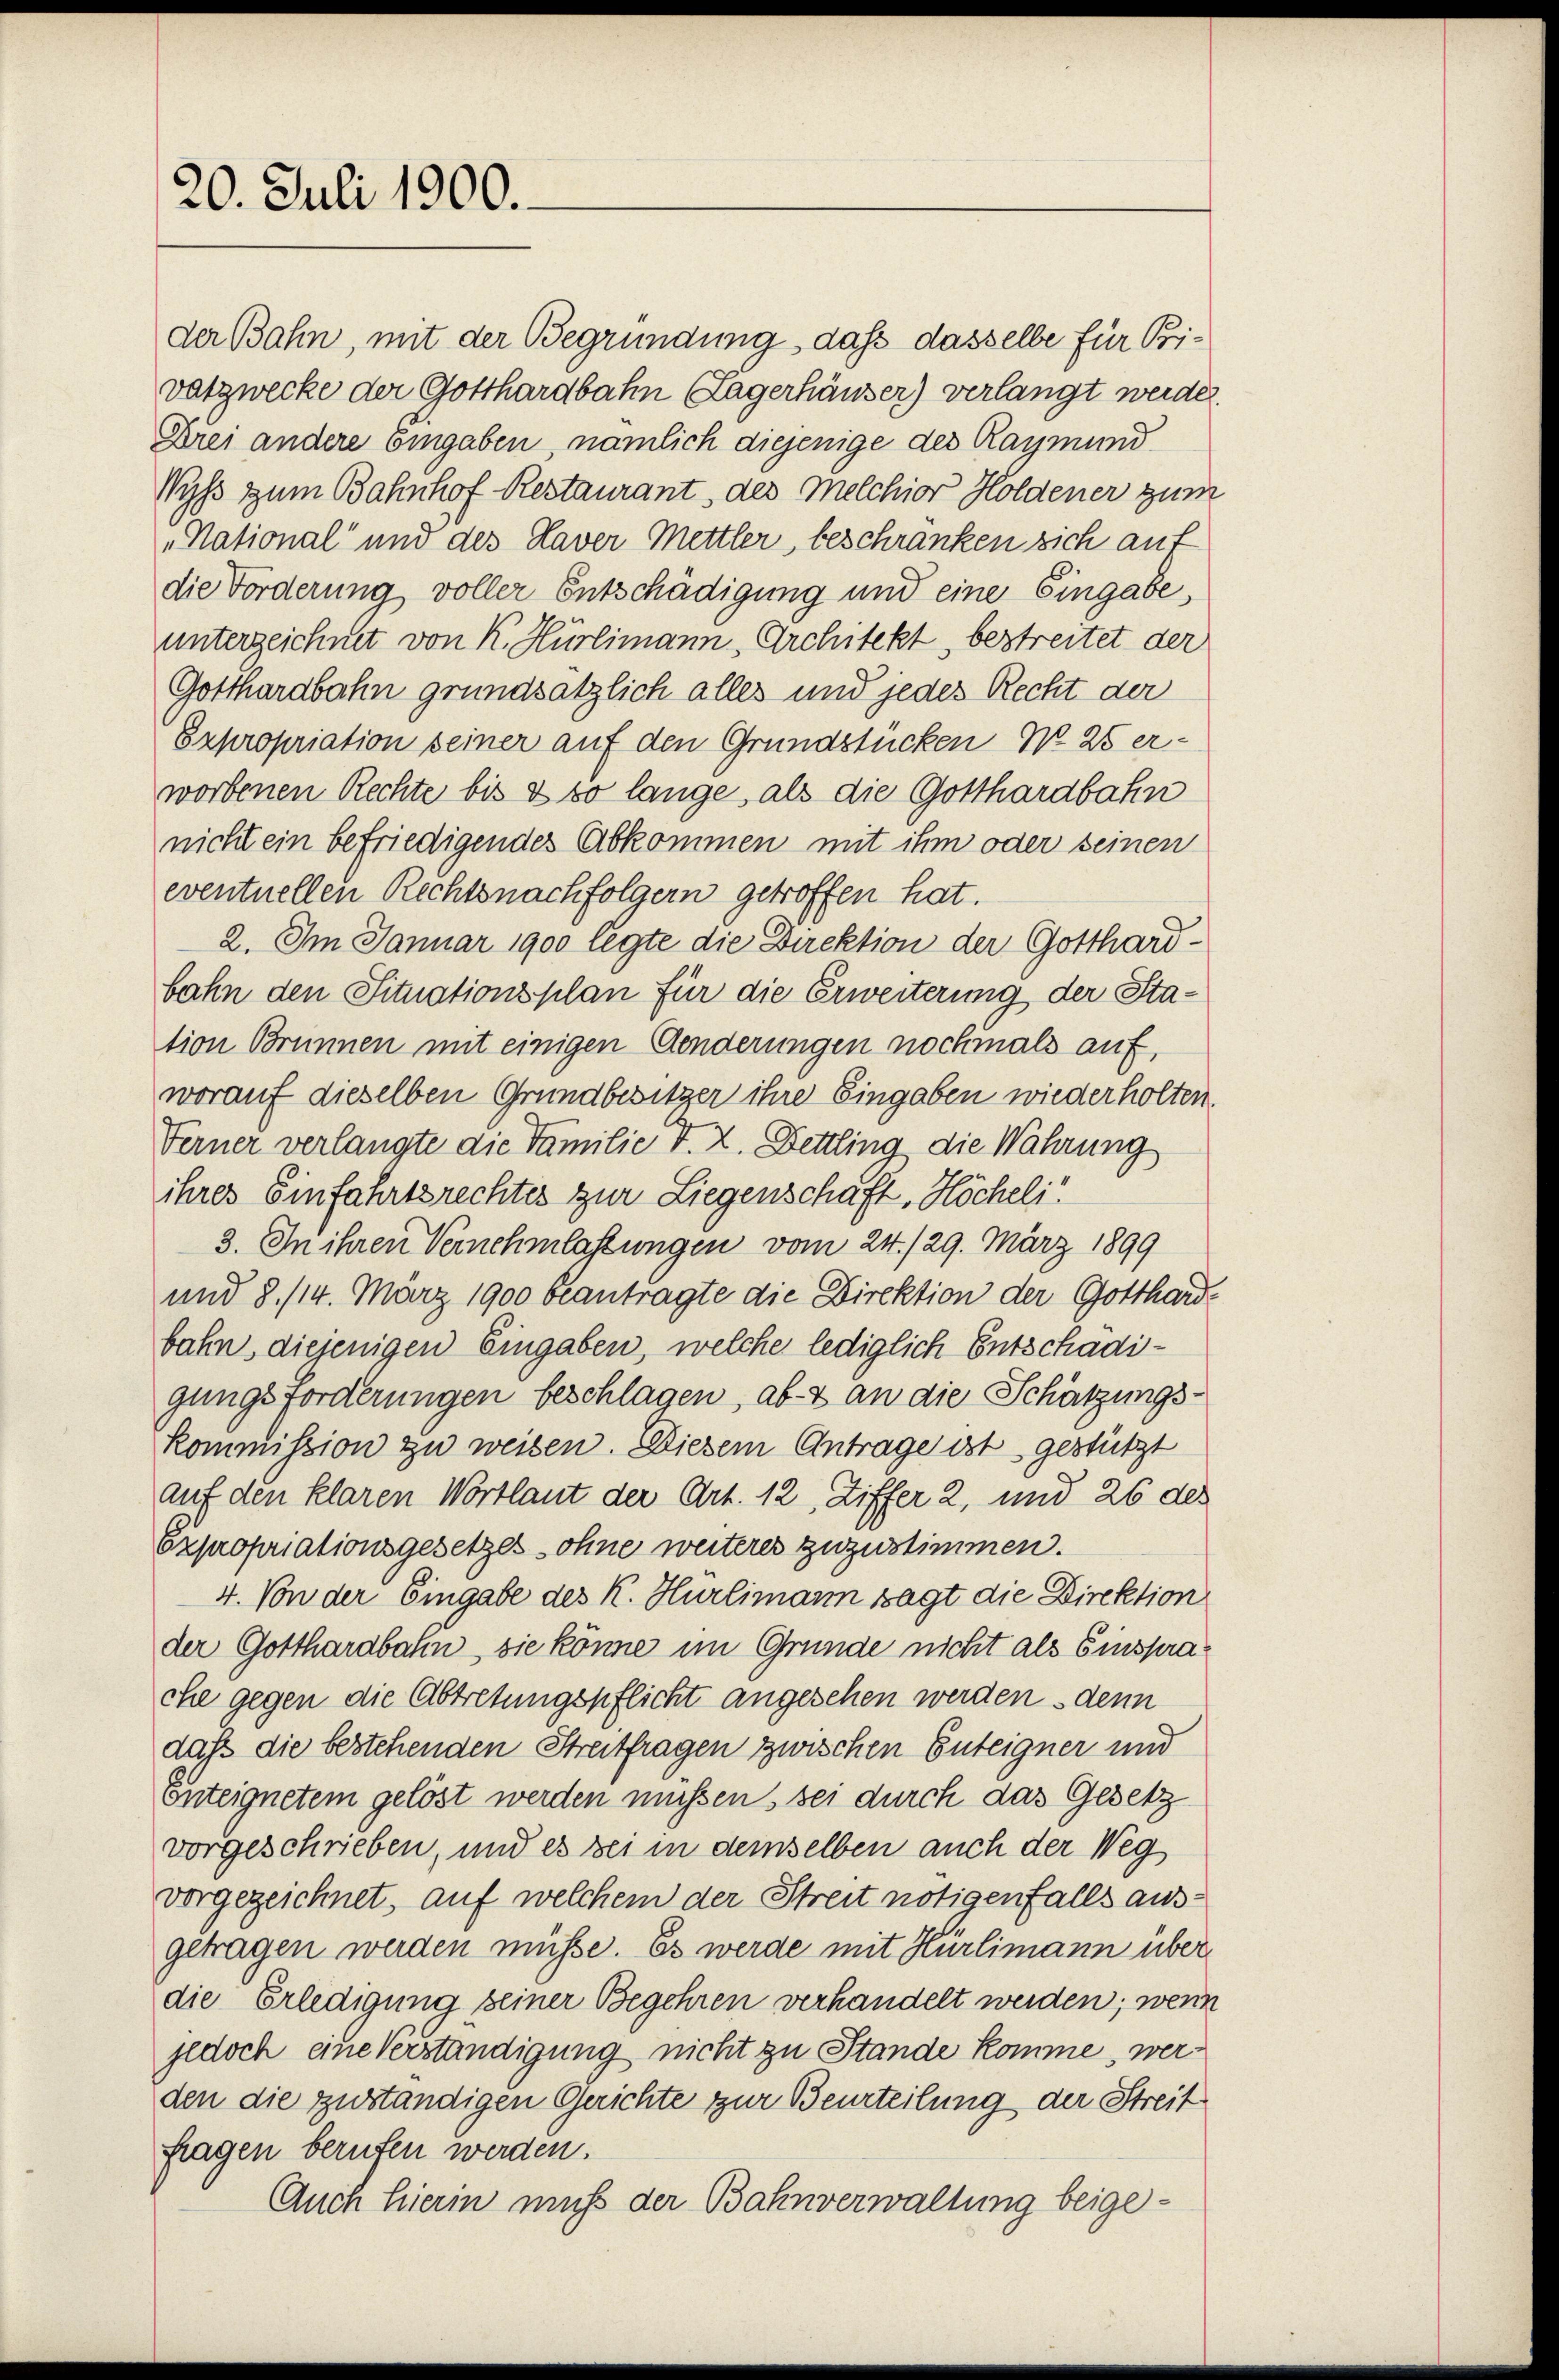
20. Juli 1900.

der Bahn, mit der Begründung, daß dasselbe für Bivatzwecke der Gotthardbahn Lagerhäuser) verlangt werden.
Drei andere Eingaben, nämlich diejenige des Raymund
Wyss zum Bahnhof-Restaurant, des Melchior Holdener zum
„National und des Haver Mettler beschranken sich auf
die Forderung voller Entschädigung und eine Eingabe,
unterzeichnet von K. Hürlimann, Architekt, bestreitet der
Gotthardbahn grundsätzlich alles und jedes Recht der
Expropriation seiner auf den Grundstücken N. 25 erworbenen Rechte bis & so lange, als die Gotthardbahn
nicht ein befriedigendes Abkommen mit ihm oder seinen
eventuellen Rechtsnachfolgern getroffen hat.
2. Im Januar 1900 legte die Direktion der Gotthardbahn den Situationsplan für die Erweiterung der Station Brunnen mit einigen Aenderungen nochmals auf,
worauf dieselben Grundbesitzer ihre Eingaben wiederholten.
Ferner verlangte die Familie T. 2. Bettling die Wahrung
ihres Einfahrtsrechtes zur Liegenschaft, Höcheli“
3. In ihren Vernehmlassungen vom 24./29. März 1899
und 8. 114. März 1900 beantragte die Direktion der Gotthard-
bahn, diejenigen Eingaben, welche lediglich Entschädigungsforderungen beschlagen, ab- & an die Schätzungskommission zu weisen. Diesem Antrage ist gestützt
auf den klaren Wortlaut der Art. 12, Ziffer 2, und 26 des
Expropriationsgesetzes sohne weiteres zuzustimmen.
4. Von der Eingabe des K. Hürlimann sagt die Direktion
der Gotthardbahn, sie könne im Gründe nicht als Einspra
che gegen die Abtretungspflicht angesehen werden denn
daß die bestehenden Streitfragen zwischen Enteigner und
Enteignetem gelöst werden müssen, sei durch das Gesetz
vorgeschrieben, und es sei in demselben auch der Weg
vorgezeichnet, auf welchem der Streit nötigenfalls ausgetragen werden müsse. Es werde mit Hürlimann über
die Erledigung seiner Begehren verhandelt werden; wenn
jedoch eine Verständigung nicht zu Stande komme, werden die zuständigen Gerichte zur Beurteilung der Streit
fragen berufen werden.
Auch hierin muß der Bahnverwaltung beige¬